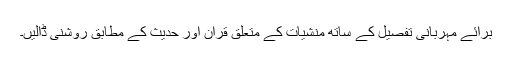
برائے مہربانی تفصیل کے ساتھ منشیات کے متعلق قران اور حدیث کے مطابق روشنی ڈالیں۔